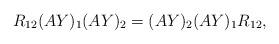
LaTeX: \begin{align*}R_{12} (A Y)_{1} (A Y)_{2} = (A Y)_{2} (A Y)_{1} R_{12},\end{align*}